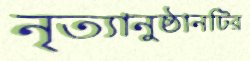
নৃত্যানুষ্ঠানটির